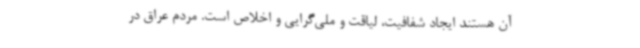
آن هستند ایجاد شفافیت، لیاقت و ملی‌گرایی و اخلاص است. مردم عراق در